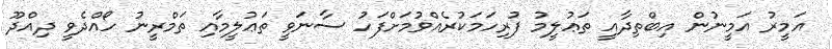
އަމީރު އަމީނުން އިބްތިދާއީ ތަޢުލީމު ފުރިހަމަކުރެއްވުމަށްފަހު ސާނަވީ ތަޢުލީމާއި ތަމްރީނު ހޯއްދެވީ ދިއްދޫ